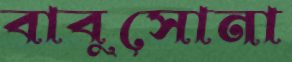
বাবুসোনা